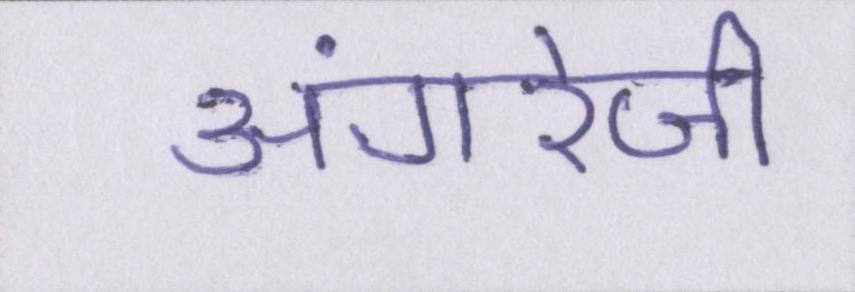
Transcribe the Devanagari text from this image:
अंगरेजी